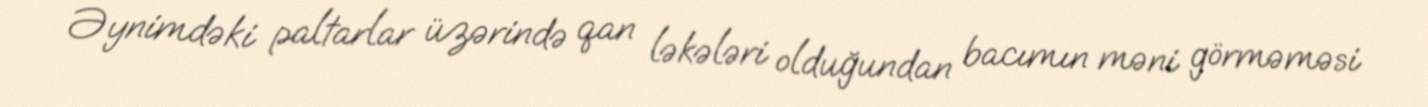
Əynimdəki paltarlar üzərində qan ləkələri olduğundan bacımın məni görməməsi